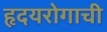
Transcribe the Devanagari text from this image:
हृदयरोगाची